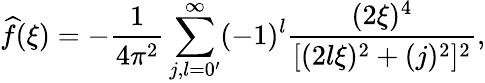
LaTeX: \widehat{f}(\xi)=-\frac{1}{4\pi^{2}}\sum_{j,l=0^{\prime}}^{\infty}(-1)^{l}\frac{(2\xi)^{4}}{[(2l\xi)^{2}+(j)^{2}]^{2}},